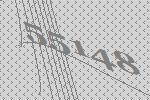
55148